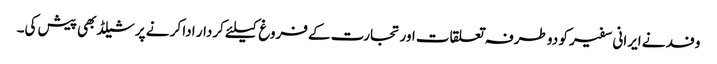
وفد نے ایرانی سفیر کو دو طرفہ تعلقات اور تجارت کے فروغ کیلئے کردار ادا کر نے پر شیلڈ بھی پیش کی۔